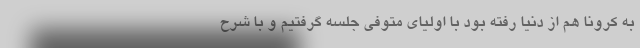
به کرونا هم از دنیا رفته بود با اولیای متوفی جلسه گرفتیم و با شرح